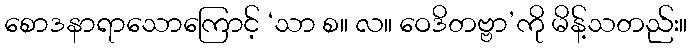
စောဒနာရာသောကြောင့် ‘သာ စ။ လ။ ဝေဒိတဗ္ဗာ’ကို မိန့်သတည်း။